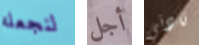
لنجعله أجل نادني